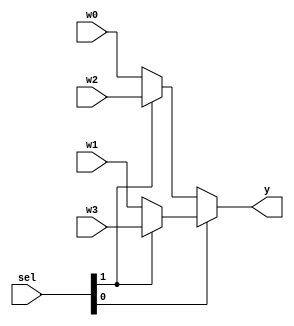
/*--  *******************************************************
--  Computer Architecture Course, Laboratory Sources 
--  Amirkabir University of Technology (Tehran Polytechnic)
--  Department of Computer Engineering (CE-AUT)
--  https://ce.aut.ac.ir
--  *******************************************************
--  All Rights reserved (C) 2019-2020
--  *******************************************************
--  Student ID  : 9831009
--  Student Name: Sina Amininasab
--  Student Mail: sina3050@gmail.com
--  *******************************************************
--  Additional Comments:
--
--*/

/*-----------------------------------------------------------
---  Module Name: Multiplexer 4bit 4 to 1
---  Description: Lab 08 Part 1
-----------------------------------------------------------*/
`timescale 1 ns/1 ns

module multiplexer4x4 (
	input [3:0] w3 ,
	input [3:0] w2 ,
	input [3:0] w1 ,
	input [3:0] w0 ,
	input [1:0]	sel ,
	output [3:0] y
);
	assign y=sel[0]?sel[1]?w3 : w1 : sel[1]? w2:w0;

endmodule